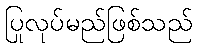
ပြုလုပ်မည်ဖြစ်သည်